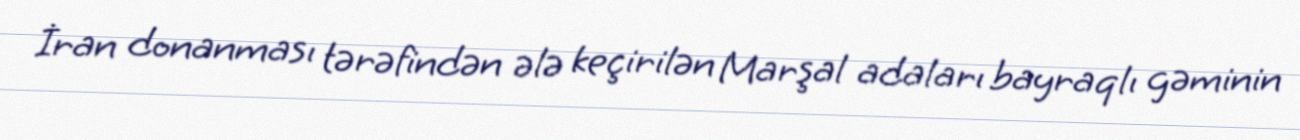
İran donanması tərəfindən ələ keçirilən Marşal adaları bayraqlı gəminin